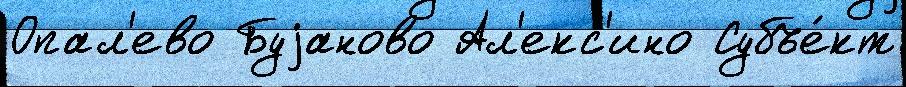
Опал'ево Буjаново Ал'екс'ино Субъе́кт